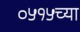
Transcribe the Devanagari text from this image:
०५१५च्या